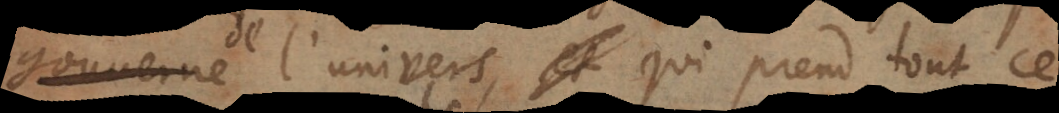
gouverne l’univers, et qui prend tout ce